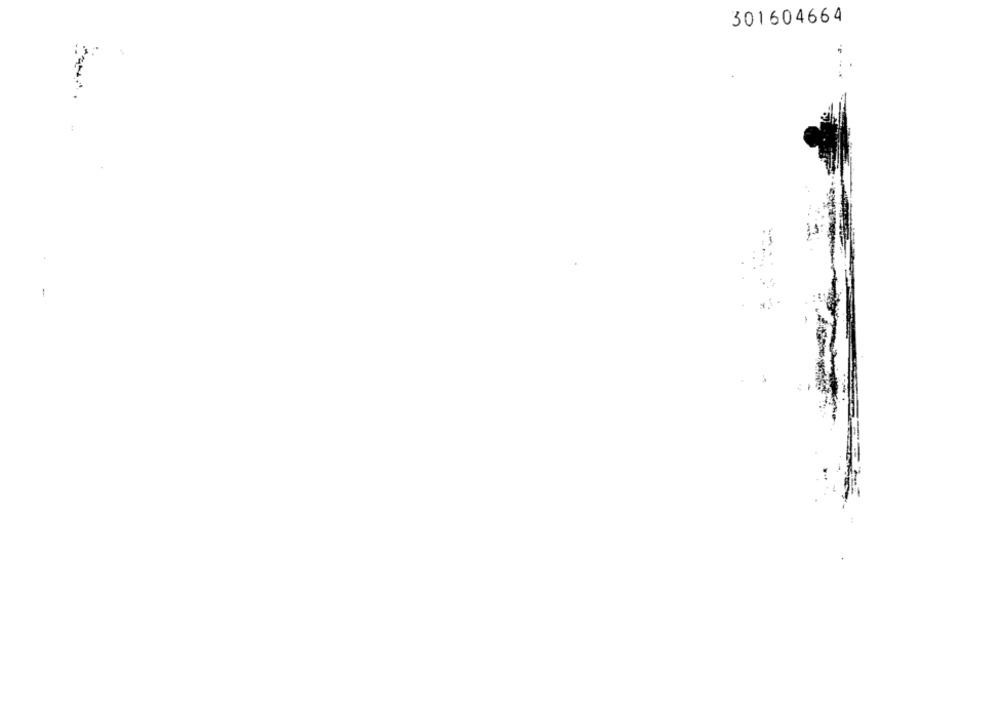
301604664
-